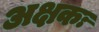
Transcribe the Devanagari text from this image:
अक्षकः